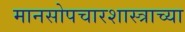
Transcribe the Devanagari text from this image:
मानसोपचारशास्त्राच्या